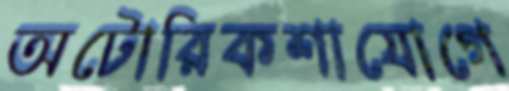
অটোরিকশাযোগে